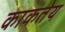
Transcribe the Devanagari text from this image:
काकतेय